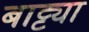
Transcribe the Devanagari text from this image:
बाट्ट्या